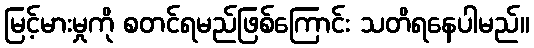
မြင့်မားမှုကို စတင်ရမည်ဖြစ်ကြောင်း သတိရနေပါမည်။